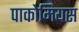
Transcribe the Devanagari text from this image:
पाकोमियस